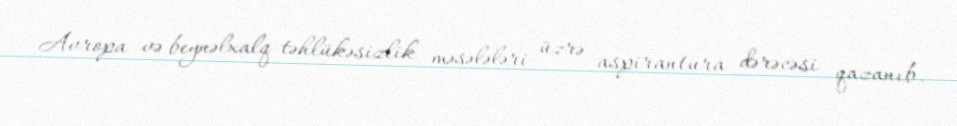
Avropa və beynəlxalq təhlükəsizlik məsələləri üzrə aspirantura dərəcəsi qazanıb.